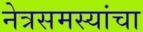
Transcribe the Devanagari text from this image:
नेत्रसमस्यांचा